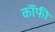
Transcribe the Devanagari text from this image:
कॉॅफी